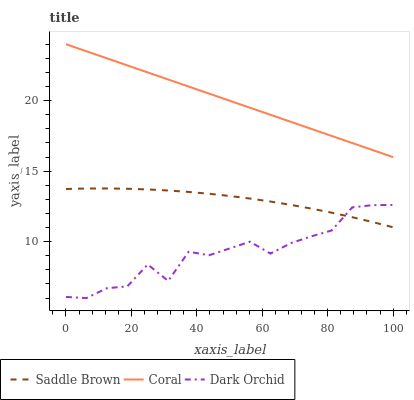
| xaxis_label | Saddle Brown | Coral | Dark Orchid |
 | --- | --- | --- | --- |
 | 0 | 13.7 | 24 | 6.08 |
 | 6.25 | 13.8 | 23.5 | 6 |
 | 12.5 | 13.8 | 23 | 6.7 |
 | 18.8 | 13.8 | 22.5 | 6.83 |
 | 25 | 13.7 | 22 | 8.38 |
 | 31.2 | 13.6 | 21.5 | 7.21 |
 | 37.5 | 13.5 | 21 | 9.29 |
 | 43.8 | 13.4 | 20.5 | 9.04 |
 | 50 | 13.2 | 20 | 9.52 |
 | 56.2 | 13.1 | 19.5 | 10 |
 | 62.5 | 12.8 | 19 | 9.15 |
 | 68.8 | 12.6 | 18.5 | 9.9 |
 | 75 | 12.3 | 18 | 10.4 |
 | 81.2 | 12.1 | 17.5 | 10.8 |
 | 87.5 | 11.7 | 17 | 12.4 |
 | 93.8 | 11.4 | 16.5 | 12.6 |
 | 100 | 11 | 16 | 12.6 |